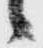
々